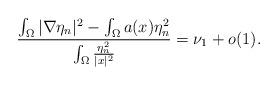
LaTeX: \begin{align*}\frac{\int_\Omega|\nabla\eta_n|^2-\int_\Omega a(x)\eta_n^2}{\int_\Omega \frac{\eta_n^2}{|x|^2}}=\nu_1+o(1).\end{align*}